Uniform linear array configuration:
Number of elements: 16
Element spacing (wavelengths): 0.25
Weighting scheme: hann
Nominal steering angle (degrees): -15
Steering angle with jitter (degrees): -15.002
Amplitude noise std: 0.05
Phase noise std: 0.05

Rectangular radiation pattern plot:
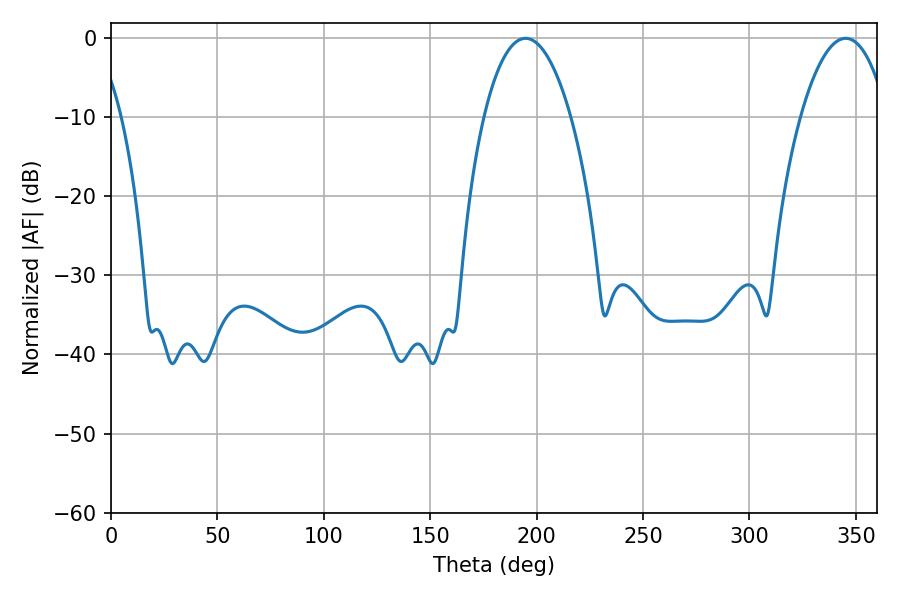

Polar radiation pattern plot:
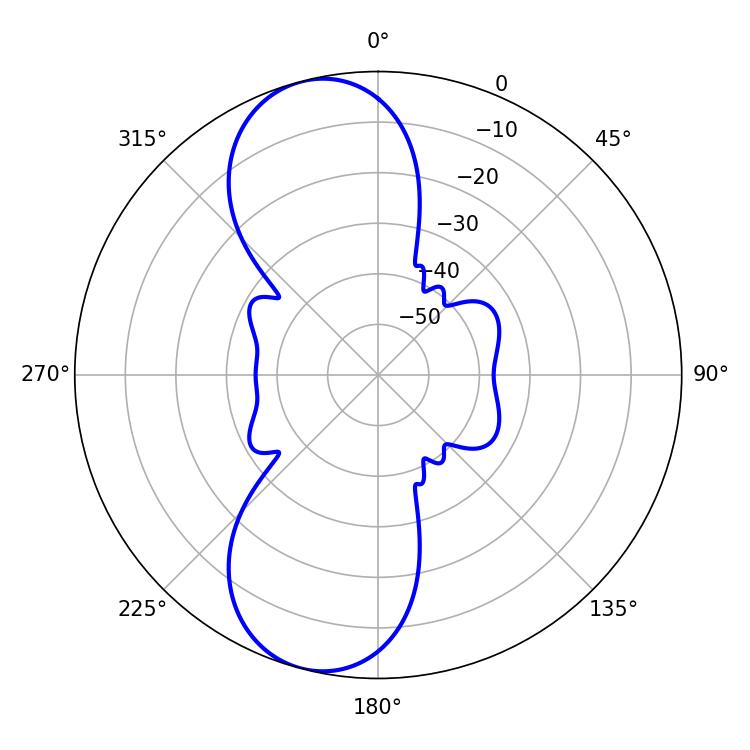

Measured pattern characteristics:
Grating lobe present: FALSE
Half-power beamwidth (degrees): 22.86
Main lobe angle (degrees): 194.76